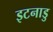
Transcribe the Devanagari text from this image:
इटनाडु